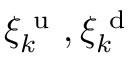
\xi _ { k } ^ { \mathrm { ~ u ~ } } , \xi _ { k } ^ { \mathrm { ~ d ~ } }